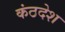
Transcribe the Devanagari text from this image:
कंठदेश